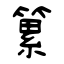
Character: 䉂